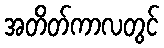
အတိတ်ကာလတွင်